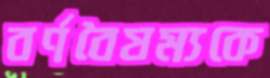
বর্ণবৈষম্যকে